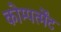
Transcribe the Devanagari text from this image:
कोम्पर्त्मेंट